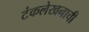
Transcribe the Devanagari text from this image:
टंकलेखनाची